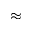
\approx